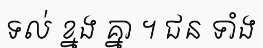
ទល់ ខ្នង គ្នា ។ ជន ទាំង